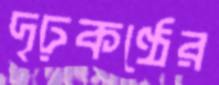
দৃঢ়কণ্ঠের